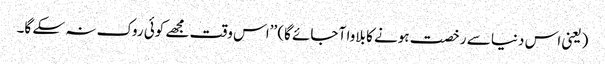
(یعنی اس دنیا سے رخصت ہونے کا بلاوا آ جائے گا) ’’اس وقت مجھے کوئی روک نہ سکے گا۔